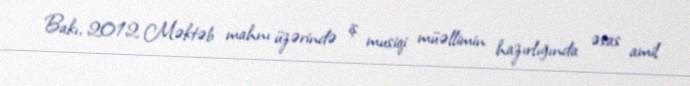
Bakı, 2012 Məktəb mahnı üzərində iş musiqi müəllimin hazırlığında əsas amil